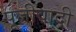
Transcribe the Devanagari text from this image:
पूजीवादी